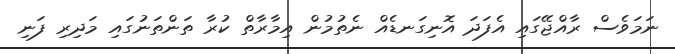
ނަމަވެސް ރާއްޖޭގައި އެފަދަ އޮނިގަނޑެއް ނެތުމުން އިމާރާތް ކުރާ ތަންތަނުގައި މަދިރި ފަނި